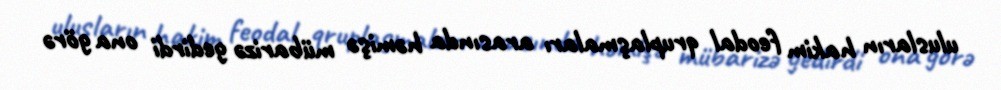
ulusların hakim feodal qruplaşmaları arasında həmişə mübarizə gedirdi ona görə